Insane asylums in Bengal annual reports 1867-1875 - 1867-1875
Year: 1867
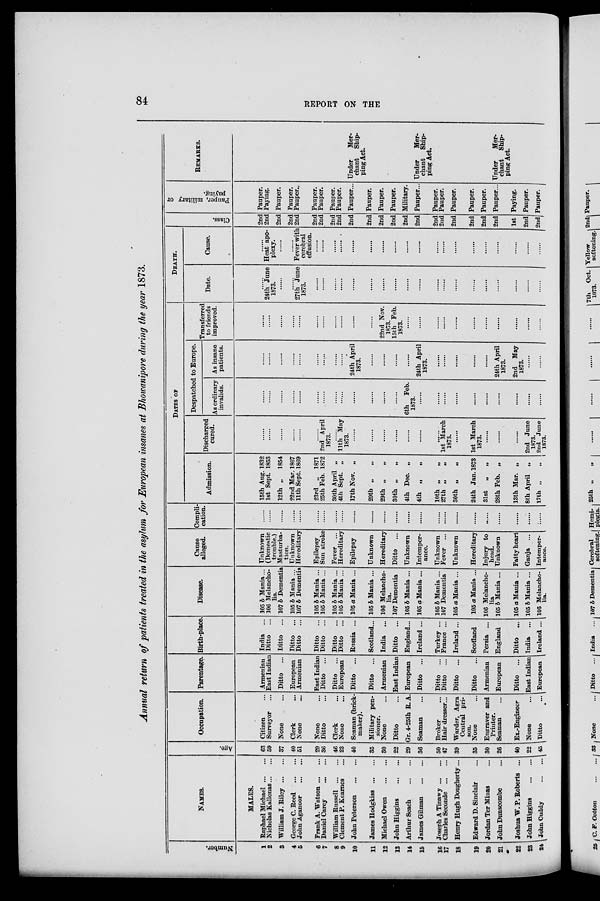
84
REPORT ON THE
Annual return of patients treated in the asylum for European insanes at Bhowanipore during the year 1873.
Number.
1
2
3
4
5
6
7
8
9
10
11
12
13
14
15
16
17
18
19
20
21
22
23
24
NAMES.
MALES.
Raphael Michael ... ...
Nicholas Kallonas ... ...
William J. Riley
...
...
George C. Reed
...
...
John Aganoor
...
...
Frank A. Watson ... ...
Daniel Carey
...
...
William Russell
...
...
Clement P. Kearnes ...
John Peterson ... ...
James Hodgkiss
...
...
Michael Owen
...
...
John Higgins ... ...
Arthur Seach
...
...
James Gilman
...
...
Joseph A Tinawy ... ...
Charles Seconde
...
...
Henry Hugh Dougherty...
Edward D. Sinclair ...
Jordan Ter Minas ...
John Dunscombe ...
Joshua W. P. Roberts ...
John Higgins
...
...
John Cuddy
...
...
Age.
63
59
37
40
51
29
36
46
23
40
35
30
22
29
36
50
47
39
35
30
26
40
22
45
Occupation.
Citizen ...
Surveyor ...
None ...
Clerk ...
None ...
None ...
Ditto ...
Clerk ...
None ...
Seaman (brick-
maker).
Military pen-
sioner.
None ...
Ditto ...
Gr. 4-25th R. A.
Seaman ...
Broker ...
Hair dresser...
Warder, Agra
Central pri-
son.
None ...
Engraver and
Printer.
Seaman ...
Ex.-Engineer
None ...
Ditto ...
Parentage.
Armenian
East Indian
Ditto
...
European
Armenian
East Indian
Ditto
...
Ditto ...
European
Ditto
...
Ditto
...
Armenian
East Indian
European
Ditto
...
Ditto
...
Ditto
...
Ditto
...
Ditto ...
Armenian
European
Ditto
...
East Indian
European
Birth-place.
India
...
Ditto
...
Ditto
...
Ditto
...
Ditto
...
Ditto
...
Ditto
...
Ditto
...
Ditto
...
Russia ...
Scotland...
India
...
Ditto
...
England...
Ireland ...
Turkey ...
France ...
Ireland ...
Scotland
Persia ...
England
Ditto
...
India ...
Ireland ...
Disease.
105 b Mania...
106 Melancho-
lia.
107 b Dementia
105 b Mania ...
107 b Dementia
105 b Mania ...
105 b Mania ...
105 b Mania ...
105 b Mania ...
105 a Mania ...
105 b Mania ...
106 Melancho-
lia.
107 Dementia
105 b Mania ...
105 a Mania ...
105 b Mania ...
107 Dementia
105 a Mania ...
105 a Mania ...
106 Melancho-
lia
105 b Mania ...
105 a Mania ...
105 b Mania ...
106 Melancho-
lia.
Cause
alleged.
Unknown
(Domestic
trouble.)
Masturba-
tion.
Unknown
Hereditary
Epilepsy
Sun stroke
Fever ...
Hereditary
Epilepsy
Unknown
Hereditary
Ditto
...
Unknown
Intemper-
ance.
Unknown
Fever ...
Unknown
Hereditary
Injury to
head.
Unknown
Fatty heart
Ganja ...
Intemper-
ance.
Compli-
cation.
......
......
......
......
......
......
......
......
......
......
......
......
......
......
......
......
......
......
......
......
......
......
......
......
DATES OF
Admission.
15th Aug. 1832
1st Sept. 1853
12th „
1854
22nd Mar. 1867
11th Sept. 1869
23rd „ 1871
25th Feb. 1872
30th April „
4th Sept. „
17th Nov. „
29th „ „
29th „ „
30th „ „
4th Dec. „
4th „
„
10th „ „
27th „ „
30th „ „
24th Jan. 1873
31st
„
„
28th Feb. „
13th Mar. „
8th April „
17th „
„
Discharged
cured.
......
......
......
......
......
......
2nd April
1873.
......
11th May
1873. ......
......
......
......
......
......
......
1st March
1873. ......
1st March
1873. ......
......
......
2nd June
1873.
2nd June
1873.
Despatched to Europe.
As ordinary
invalids.
......
......
......
......
......
......
......
......
......
......
......
......
......
6th Feb.
1873. ......
......
......
......
......
......
......
......
......
......
As insane
patients.
......
......
......
......
......
......
......
......
......
24th April
1873.
......
......
......
......
24th April
1873.
......
......
......
......
......
24th April
1873.
2nd May
1873.
......
......
Transferred
to friends
improved.
......
......
......
......
......
......
......
......
......
......
......
22nd Nov.
1873.
15th Feb.
1873.
......
......
......
......
......
......
......
......
......
......
......
DEATH.
Date.
......
24th June
1873.
......
......
27th June
1873.
......
......
......
......
......
......
......
......
......
......
......
......
......
......
......
......
......
......
......
Cause.
......
Heat apo-
plexy.
......
......
Fever with
cerebral
effusion.
......
......
......
......
......
......
......
......
......
......
......
......
......
......
......
......
......
......
......
Class.
2nd
2nd
2nd
2nd
2nd
2nd
2nd
2nd
2nd
2nd
2nd
2nd
2nd
2nd
2nd
2nd
2nd
2nd
2nd
2nd
2nd
1st
2nd
2nd
Pauper, military or
paying.
Pauper.
Paying.
Pauper.
Pauper.
Pauper.
Pauper.
Pauper.
Pauper.
Pauper.
Pauper...
Pauper.
Pauper.
Pauper.
Military.
Pauper...
Pauper.
Pauper.
Pauper.
Pauper.
Pauper.
Pauper...
Paying.
Pauper.
Pauper.
REMARKS.
Under
Mer-
chant
Ship-
ping Act.
Under
Mer-
chant Ship-
ping Act.
Under
Mer-
chant Ship-
ping Act.